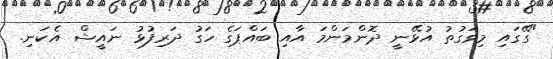
"ގޭގައި މިވަގުތު އުޅޭނީ ދޮންމަންމަ އާއި ބައްޕަގެ ހަގު ދަރިފުޅު ނައީޝް އެކަނި.